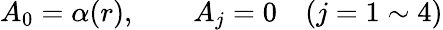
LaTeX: A_{0}=\alpha(r),\qquad A_{j}=0\quad(j=1\sim 4)